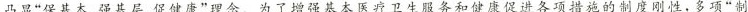
凸显”保基本、强基层、促健康”理念。为了增强基本医疗卫生服务和健康促进各项措施的制度刚性，多项”制